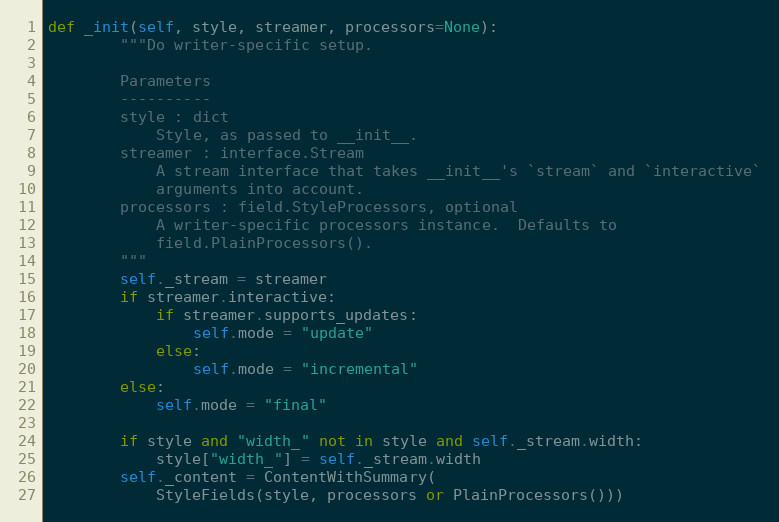
Language: Python
def _init(self, style, streamer, processors=None):
        """Do writer-specific setup.

        Parameters
        ----------
        style : dict
            Style, as passed to __init__.
        streamer : interface.Stream
            A stream interface that takes __init__'s `stream` and `interactive`
            arguments into account.
        processors : field.StyleProcessors, optional
            A writer-specific processors instance.  Defaults to
            field.PlainProcessors().
        """
        self._stream = streamer
        if streamer.interactive:
            if streamer.supports_updates:
                self.mode = "update"
            else:
                self.mode = "incremental"
        else:
            self.mode = "final"

        if style and "width_" not in style and self._stream.width:
            style["width_"] = self._stream.width
        self._content = ContentWithSummary(
            StyleFields(style, processors or PlainProcessors()))